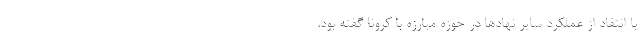
با انتقاد از عملکرد سایر نهادها در حوزه مبارزه با کرونا گفته بود،